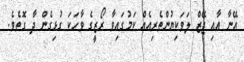
އޭނާ އާއި ޖޭޒް ލަވަކިޔުންތެރިއެއް ކަމުގައިވާ ރޯޒީގެ ވާހަކަ ގުޅިގެން ދާ ގޮތެވެ.